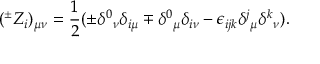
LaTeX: ( ^ { \pm } Z _ { i } ) _ { \mu \nu } = \frac { 1 } { 2 } ( \pm \delta ^ { 0 } { } _ { \nu } \delta _ { i \mu } \mp \delta ^ { 0 } { } _ { \mu } \delta _ { i \nu } - \epsilon _ { i j k } \delta ^ { j } { } _ { \mu } \delta ^ { k } { } _ { \nu } ) .